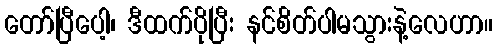
တော်ပြီပေါ့၊ ဒီထက်ပိုပြီး နင်စိတ်ပါမသွားနဲ့လေဟာ။